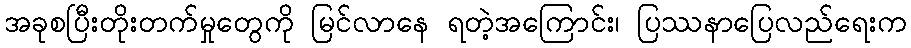
အခုစပြီးတိုးတက်မှုတွေကို မြင်လာနေ ရတဲ့အကြောင်း၊ ပြဿနာပြေလည်ရေးက